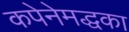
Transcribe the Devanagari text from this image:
कपेनेमद्धका